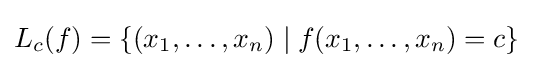
L_{c}(f)=\left\{(x_{1},\ldots ,x_{n})\mid f(x_{1},\ldots ,x_{n})=c\right\}~